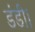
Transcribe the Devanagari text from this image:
डंडी।